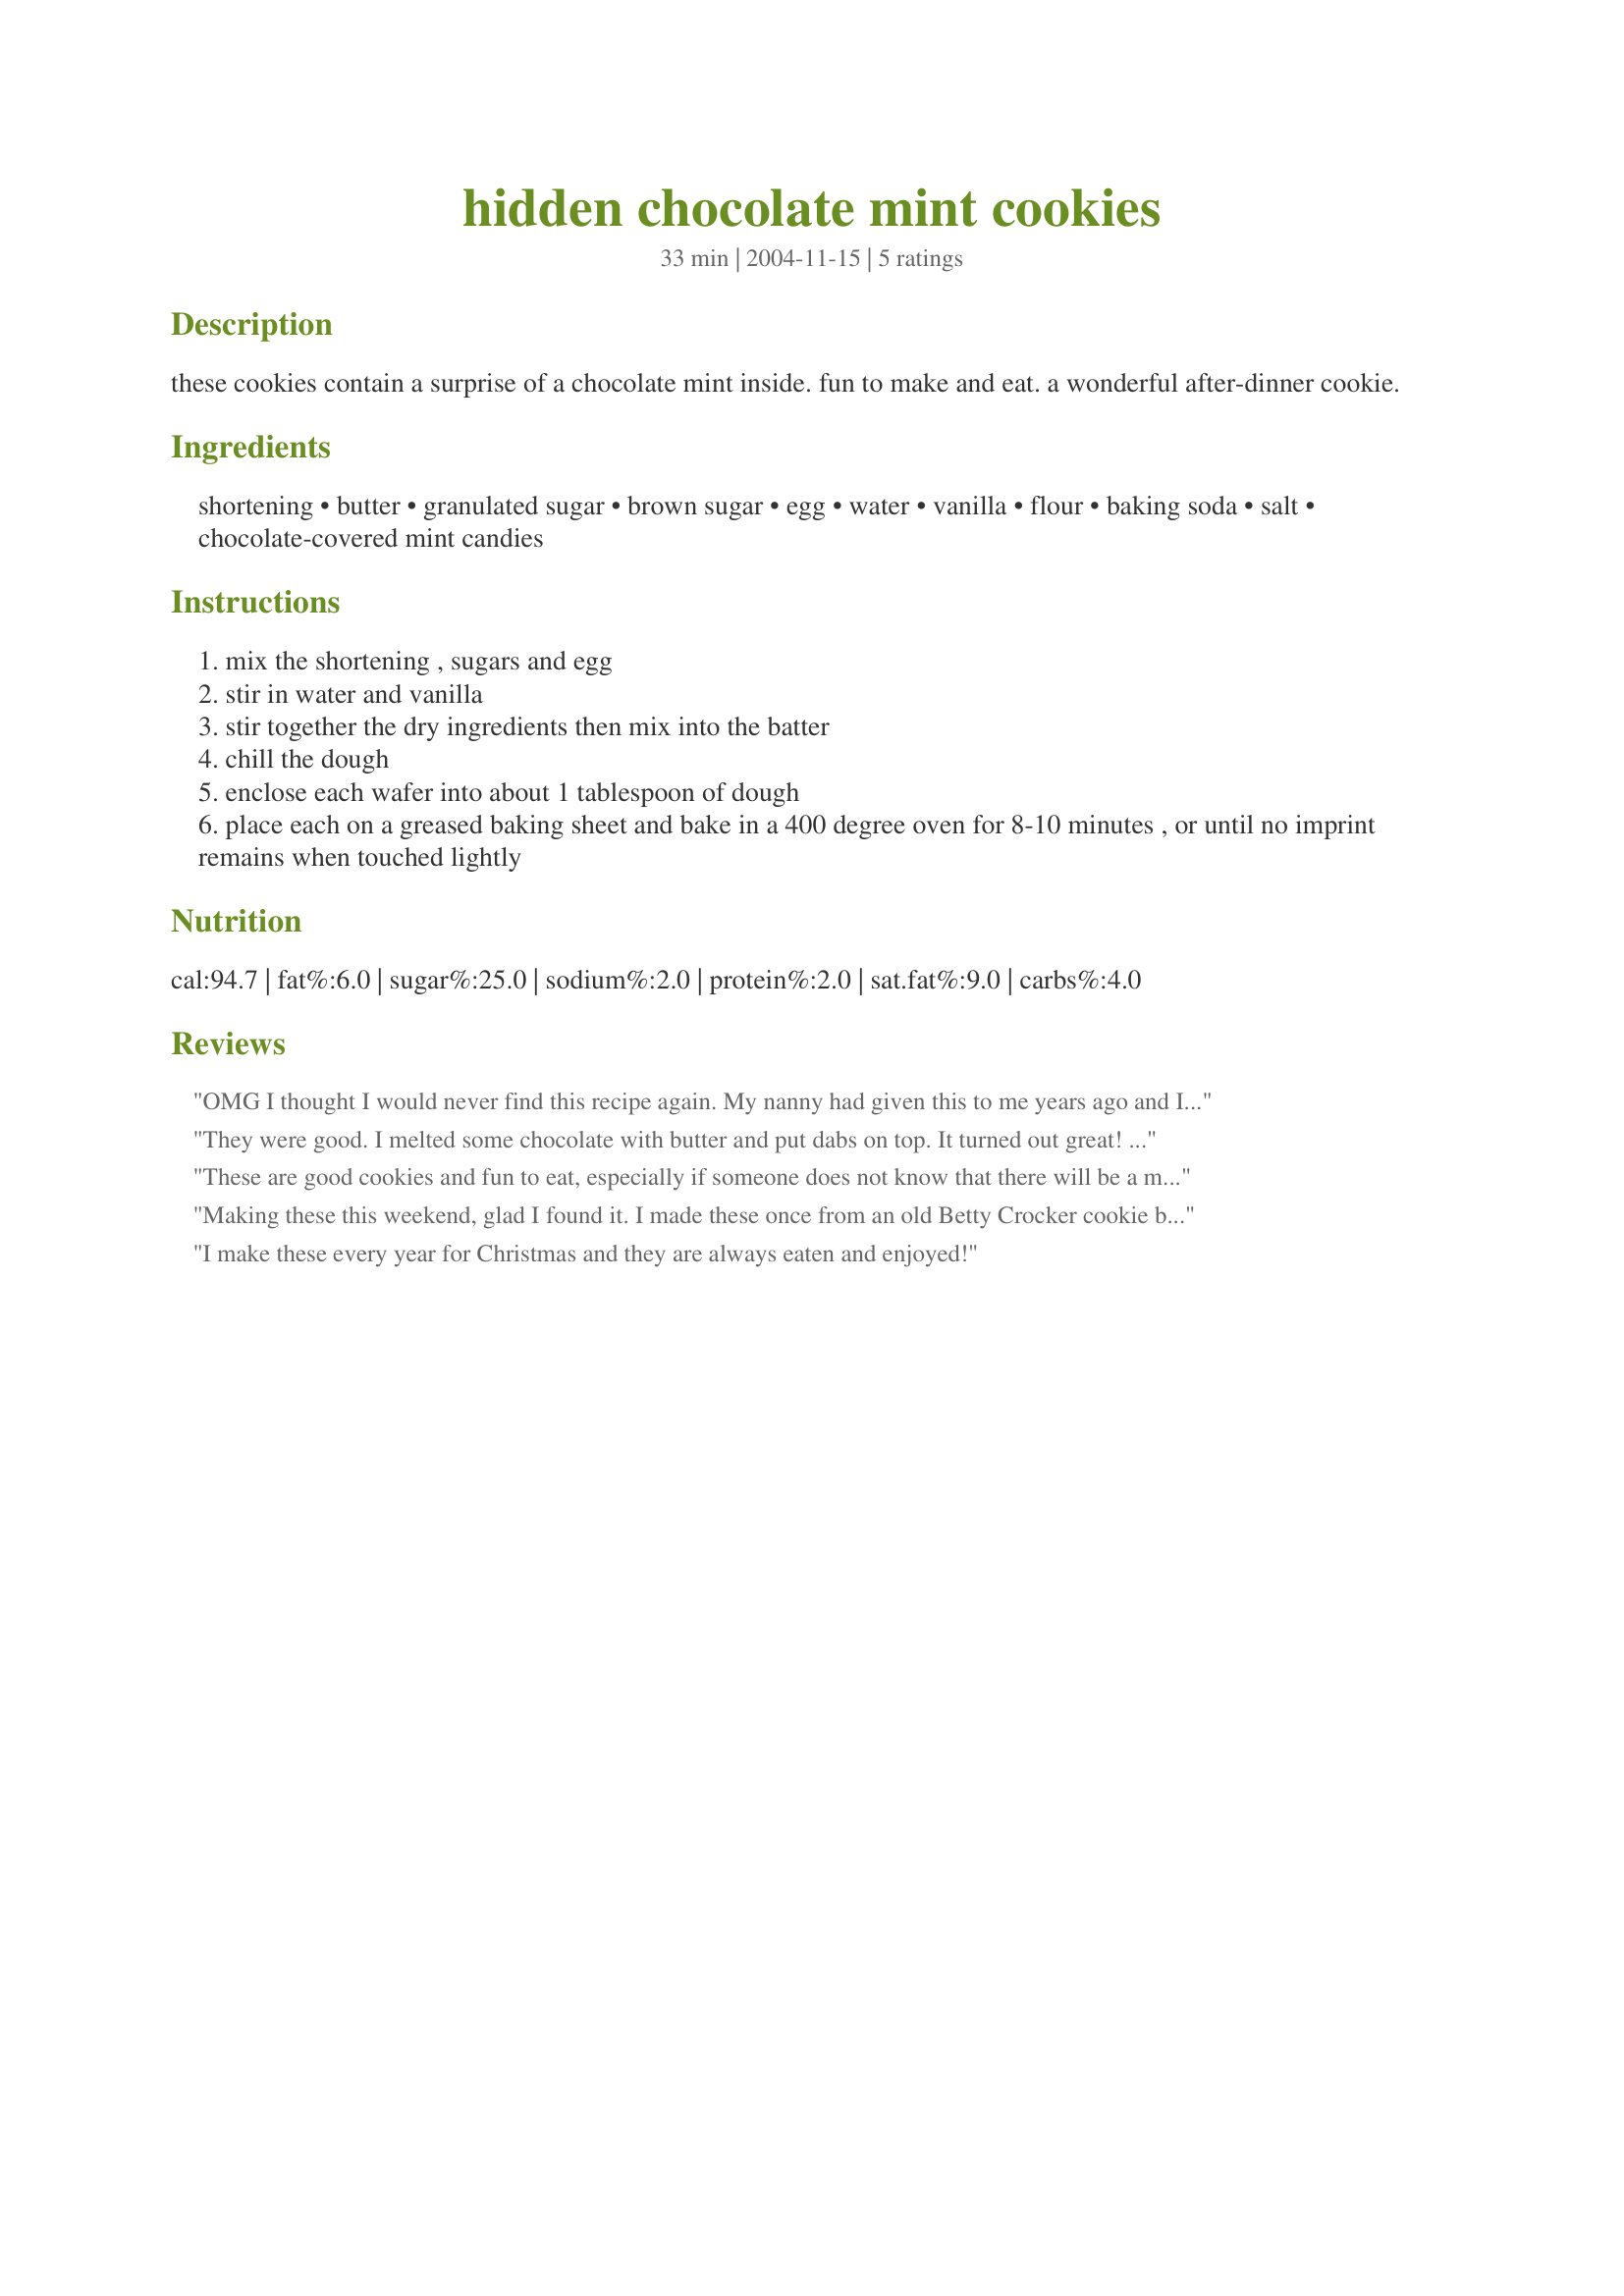
hidden chocolate mint cookies
Preparation time: 33 minutes

these cookies contain a surprise of a chocolate mint inside. fun to make and eat. a wonderful after-dinner cookie.

Ingredients:
shortening, butter, granulated sugar, brown sugar, egg, water, vanilla, flour, baking soda, salt, chocolate-covered mint candies

Steps:
mix the shortening , sugars and egg
stir in water and vanilla
stir together the dry ingredients then mix into the batter
chill the dough
enclose each wafer into about 1 tablespoon of dough
place each on a greased baking sheet and bake in a 400 degree oven for 8-10 minutes , or until no imprint remains when touched lightly

Reviews:
OMG I thought I would never find this recipe again. My nanny had given this to me years ago and I had misplaced this recipe. This has to be the greatest cookie on earth. My only suggestion is to MAKE sure you seal your candy in there good or you can have a leaky mess. If you dont like andes candies you could also us little york peppermint patties.
They were good. I melted some chocolate with butter and put dabs on top. It turned out great! My only problem is that I keep burning the bottoms of my cookies.
These are good cookies and fun to eat, especially if someone does not know that there will be a mint in the middle! I followed the recipe exactly and I used the Andes mints as suggested by Trisha. The cookie tastes like a sugar cookie. I was able to make 21 cookies. I sprinkled colored sugar on top to make them festive :-)
Making these this weekend, glad I found it. I made these once from an old Betty Crocker cookie book of my moms, and I know they are fantastic. Really looking forware to serving these. They really are a good after dinner treat.
I make these every year for Christmas and they are always eaten and enjoyed!
